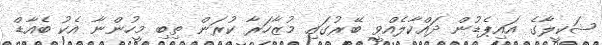
ޝަކީލާގެ އައިޕެޑުން ދައްކާލެއްވީ ބޭރުގައި މުޒާހަރާ ކުރަން ތިބި މީހުންނާ އެކު ބެއާޑް